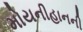
મોયનીહાનની